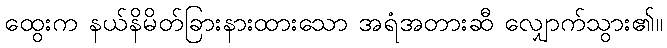
ထွေးက နယ်နိမိတ်ခြားနားထားသော အရံအတားဆီ လျှောက်သွား၏။